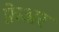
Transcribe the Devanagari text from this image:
फ़ेअर